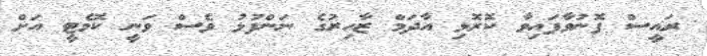
ރައީސް ފޮނުވާފައިވާ ކޮރޮޅި އާދަމް ޒާހިރުގެ ނަންފުޅު ވެސް ވަނީ ކޮމެޓީ އަށް